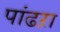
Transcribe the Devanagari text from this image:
पांढऱा